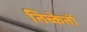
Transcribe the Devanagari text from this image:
तिच्केतों